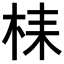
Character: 𣑳